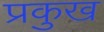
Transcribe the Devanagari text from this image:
प्रकुख